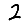
Digit: 2